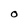
Character: O